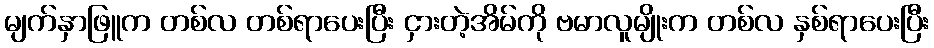
မျက်နှာဖြူက တစ်လ တစ်ရာပေးပြီး ငှားတဲ့အိမ်ကို ဗမာလူမျိုးက တစ်လ နှစ်ရာပေးပြီး